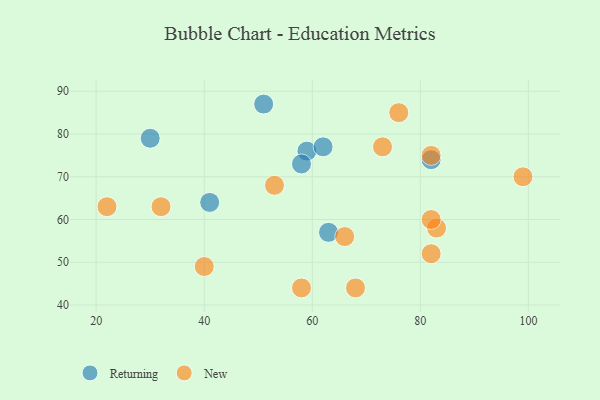
{"axis": {"x": "GDP", "y": "Life Expectancy"}, "legend": ["New", "Returning"], "data": [{"x": "59", "y": 76, "type": "Returning"}, {"x": "30", "y": 79, "type": "Returning"}, {"x": "62", "y": 77, "type": "Returning"}, {"x": "51", "y": 87, "type": "Returning"}, {"x": "63", "y": 57, "type": "Returning"}, {"x": "82", "y": 74, "type": "Returning"}, {"x": "58", "y": 73, "type": "Returning"}, {"x": "41", "y": 64, "type": "Returning"}, {"x": "83", "y": 58, "type": "New"}, {"x": "58", "y": 44, "type": "New"}, {"x": "99", "y": 70, "type": "New"}, {"x": "22", "y": 63, "type": "New"}, {"x": "82", "y": 52, "type": "New"}, {"x": "82", "y": 75, "type": "New"}, {"x": "66", "y": 56, "type": "New"}, {"x": "76", "y": 85, "type": "New"}, {"x": "53", "y": 68, "type": "New"}, {"x": "40", "y": 49, "type": "New"}, {"x": "68", "y": 44, "type": "New"}, {"x": "32", "y": 63, "type": "New"}, {"x": "82", "y": 60, "type": "New"}, {"x": "73", "y": 77, "type": "New"}]}